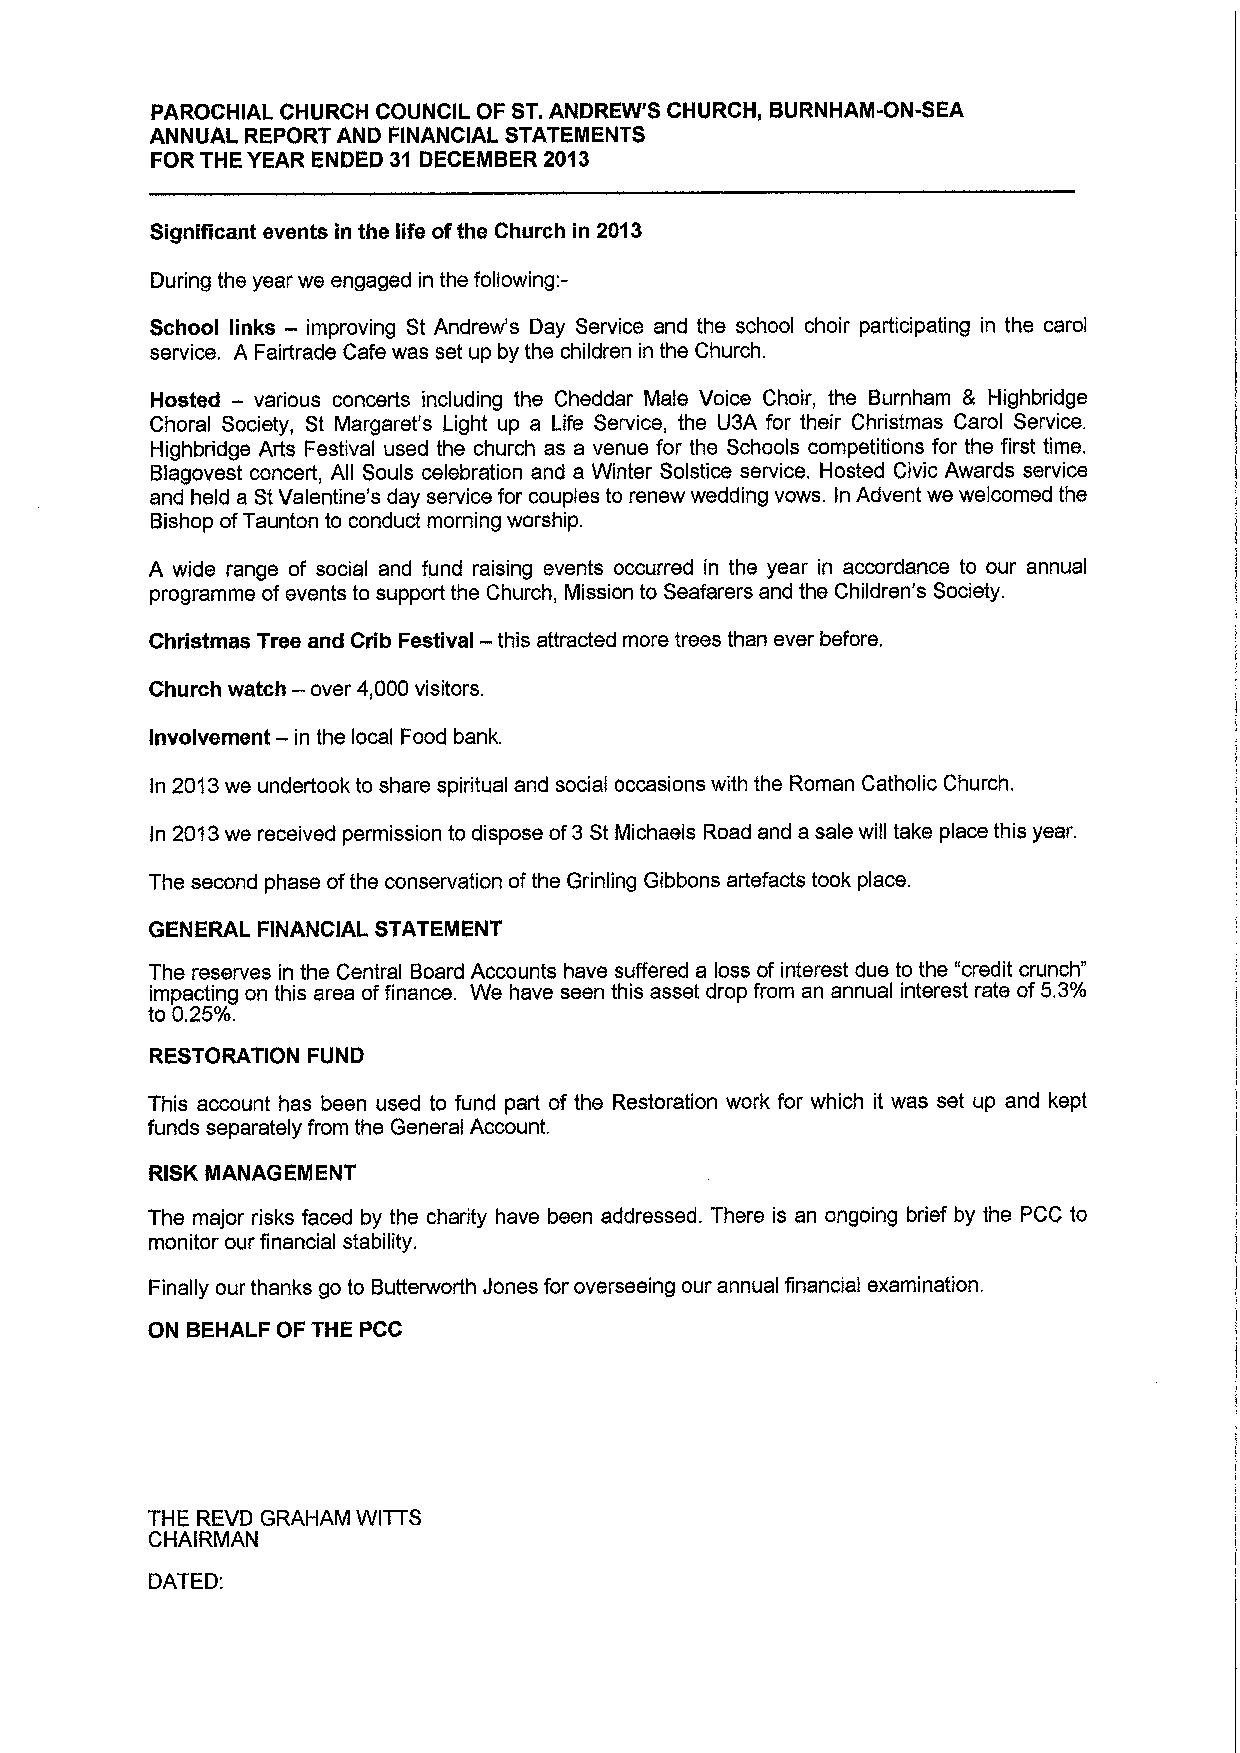
PAROCHIAL CHURCH COUNCIL OF ST.ANDREW'S CHURCH, BURNHAM-ON-SEA
 ANNUAL REPORT AND FINANCIAL STATEMENTS
 FOR THE YEAR ENDED 31 DECEMBER 2013
 Significant events in the life ofthe Church in 2013
 During the year we engaged in the following:-
 School links — improving St Andrew's Day Service and the school choir participating in the carol
 service. A Fairtrade Cafe was set up by the children in the Church.
 Hosted — various concerts including the Cheddar Male Voice Choir, the Bumham 8 Highbridge
 Choral Society, St Margaret's Light up a Life Service, the U3A for their Christmas Carol Service.
 Highbndge Arts Festival used the church as a venue for the Schools competitions for the first time.
 Blagovest concert, All Souls celebration and a Winter Solstice service, Hosted Civic Awards service
 and held a StValentine's day service for couples to renew wedding vows. In Advent we welcomed the
 Bishop ofTaunton to conduct morning worship.
 A wide range of social and fund raising events occurred in the year in accordance to our annual
 programme ofevents to support the Church, Mission to Seafarers and the Children's Society.
 Christmas Tree and Crib Festival — this attracted more trees than ever before,
 Church watch — over 4,000visitors.
 —
 involvement in the local Food bank.
 In 2013we undertook to share spiritual and social occasions with the Roman Catholic Church.
 In 2013we received permission to dispose of3St Michaels Road and a sale will take place this year.
 The second phase ofthe conservation ofthe Grinling Gibbons artefacts took place.
 GENERAL FINANCIAL, STATEMENT
 The reserves in the Central Board Accounts have suffered a loss of interest due to the "credit crunch"
 impacting on this area offinance. We have seen this asset drop from an annual interest rate of5.3%
 to 0.25%.
 RESTORATION FUND
 This account has been used to fund part of the Restoration work for which it was set up and kept
 funds separately from the General Account.
 RISK MANAGEMENT
 The major risks faced by the charity have been addressed. There is an ongoing brief by the PCC to
 monitor our financial stability.
 Finally our thanks go to Butterworth Jones for overseeing our annual financial examination.
 ON BEHALF OF THE PCC
 THE REVD GRAHAM WITTS
 CHAIRMAN
 DATED: